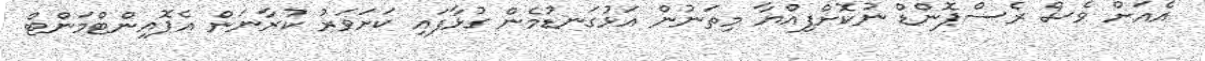
"އެއަށް ވެސް ރެސްޕޮންޑް ނުކޮށްފިއްޔާ މިތަނުން އަޅުގަނޑުމެން ގުޅާފައި ކަށަވަރު ކުރާނަން އެޕޮއިންޓްމަންޓް